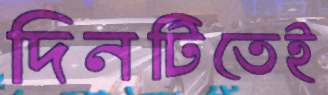
দিনটিতেই